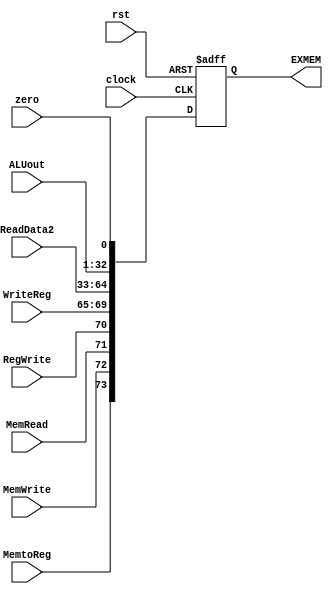

module EX_MEM(clock,rst, MemtoReg,EXMEM, zero, ALUout, ReadData2, WriteReg, RegWrite,MemRead,MemWrite);

input clock, rst, zero, RegWrite,MemRead,MemWrite,MemtoReg;
input [31:0] ALUout,ReadData2;
input [4:0] WriteReg;
output reg [73:0] EXMEM;



always @(posedge clock, posedge rst)
begin

if(rst==1) 
	EXMEM = 0;
else if (clock ==1) begin 
	EXMEM[0]		<= zero;
	EXMEM[32:1]	<= ALUout;
	EXMEM[64:33]<= ReadData2;
	EXMEM[69:65]<= WriteReg;
	EXMEM[70]	<= RegWrite;
	EXMEM[71]	<= MemRead;
	EXMEM[72]	<= MemWrite;
	EXMEM[73]	<= MemtoReg;	
end
end
endmodule